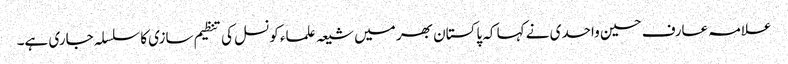
علامہ عارف حسین واحدی نے کہا کہ پاکستان بھر میں شیعہ علماء کونسل کی تنظیم سازی کا سلسلہ جاری ہے۔